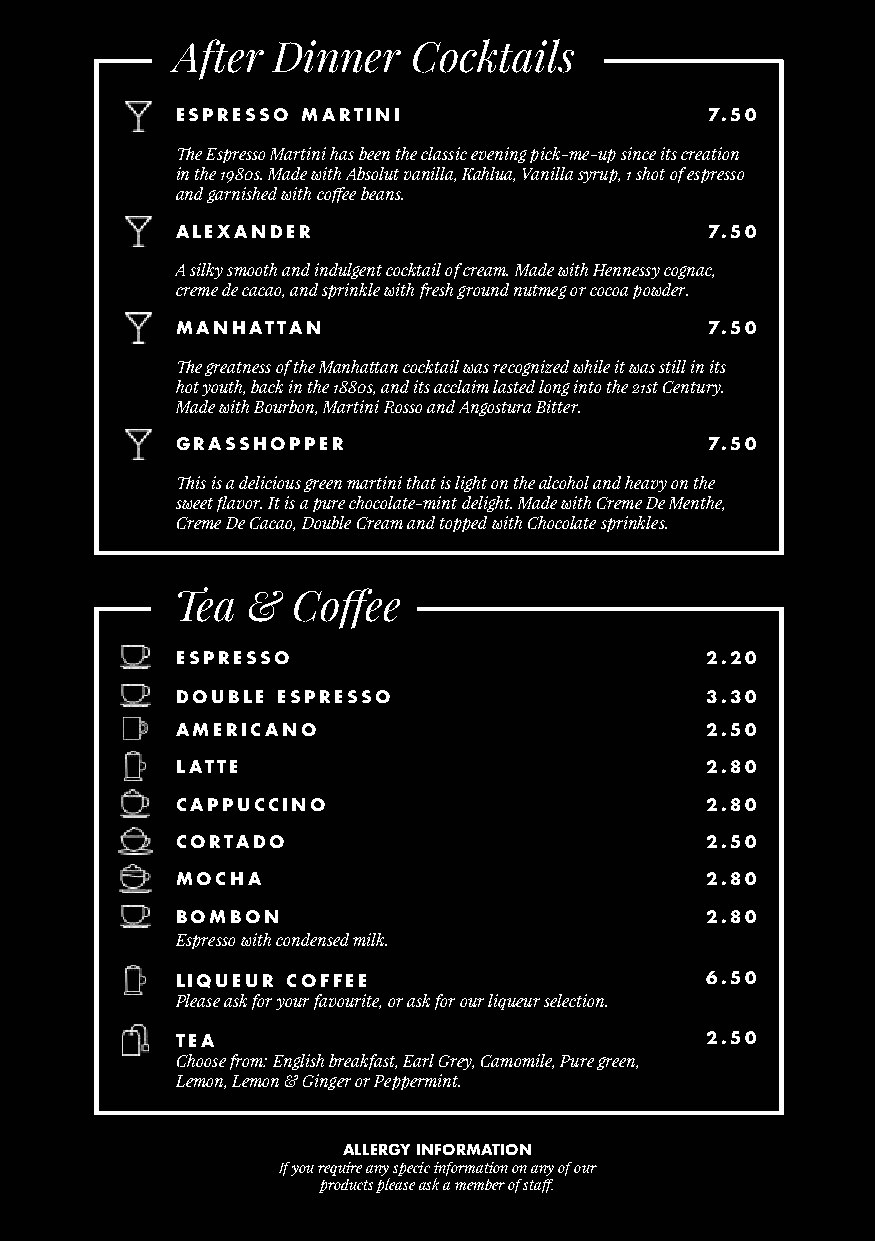
After Dinner   Cocktails
 ESPRESSO MARTINI                   7.50
 The Espresso Martini has been the classic evening pick-me-up since its creation
 in the 1980s. Made with Absolut vanilla, Kahlua, Vanilla syrup, 1 shot of espresso
 and garnished with coffee beans.
 ALEXANDER                          7.50
 A silky smooth and indulgent cocktail of cream. Made with Hennessy cognac,
 creme de cacao, and sprinkle with fresh ground nutmeg or cocoa powder.
 MANHATTAN                          7.50
 The greatness of the Manhattan cocktail was recognized while it was still in its
 hot youth, back in the 1880s, and its acclaim lasted long into the 21st Century.
 Made with Bourbon, Martini Rosso and Angostura Bitter.
 GRASSHOPPER                        7.50
 This is a delicious green martini that is light on the alcohol and heavy on the
 sweet flavor. It is a pure chocolate-mint delight. Made with Creme De Menthe,
 Creme De Cacao, Double Cream and topped with Chocolate sprinkles.
 Tea &  Coffee
 ESPRESSO                           2.20
 DOUBLE ESPRESSO                    3.30
 AMERICANO                          2.50
 LATTE                              2.80
 CAPPUCCINO                         2.80
 CORTADO                            2.50
 MOCHA                              2.80
 BOMBON                             2.80
 Espresso with condensed milk.
 LIQUEUR COFFEE                     6.50
 Please ask for your favourite, or ask for our liqueur selection.
 TEA                                2.50
 Choose from: English breakfast, Earl Grey, Camomile, Pure green,
 Lemon, Lemon & Ginger or Peppermint.
 ALLERGY INFORMATION
 If you require any specic information on any of our
 products please ask a member of staff.